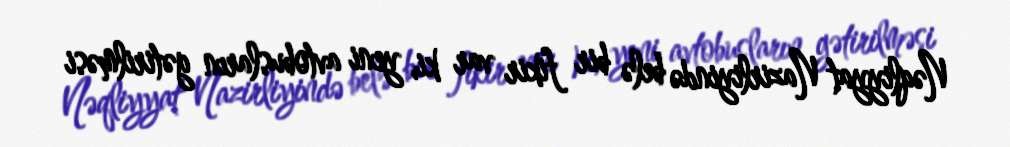
Nəqliyyat Nazirliyində belə bir fikir var ki, yeni avtobusların gətirilməsi